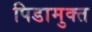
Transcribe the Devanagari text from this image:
पिडामुक्त